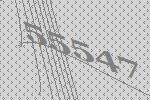
55547